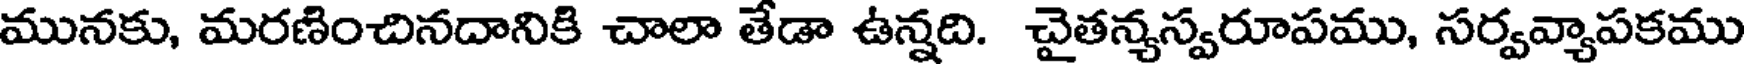
మునకు, మరణించినదానికి చాలా తేడా ఉన్నది. చైతన్యస్వరూపము, సర్వవ్యాపకము